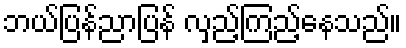
ဘယ်ပြန်ညာပြန် လှည့်ကြည့်နေသည်။